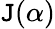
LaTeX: \mathtt{J}(\alpha)